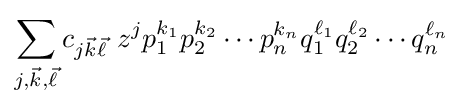
\sum _{j,{\vec {k}},{\vec {\ell }}}c_{j{\vec {k}}{\vec {\ell }}}\,\,z^{j}p_{1}^{k_{1}}p_{2}^{k_{2}}\cdots p_{n}^{k_{n}}q_{1}^{\ell _{1}}q_{2}^{\ell _{2}}\cdots q_{n}^{\ell _{n}}~